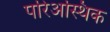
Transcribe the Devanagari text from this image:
परिअस्थिक